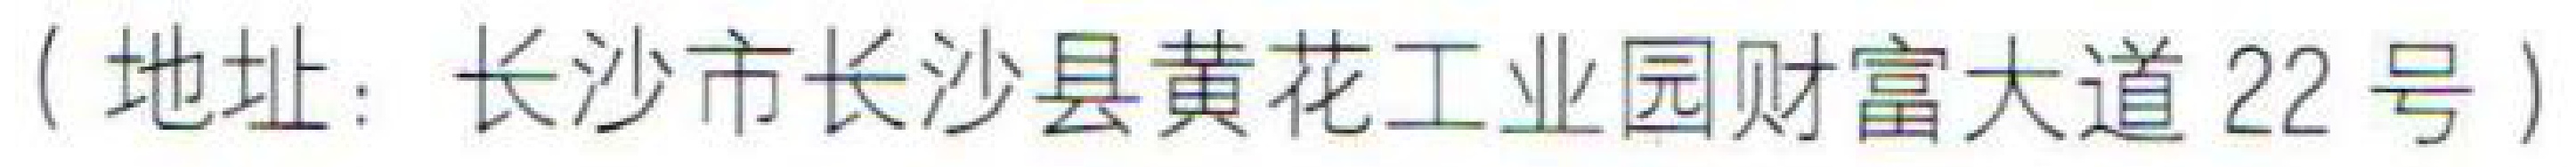
( 地址：长沙市长沙县黄花工业园财富大道22号 )